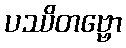
ပဿိတဗ္ဗော